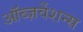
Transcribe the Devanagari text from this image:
ऑब्ज़र्वेशन्स